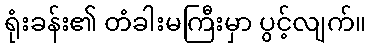
ရုံးခန်း၏ တံခါးမကြီးမှာ ပွင့်လျက်။